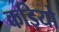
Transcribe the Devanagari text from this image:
कड़ियो